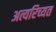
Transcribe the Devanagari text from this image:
अत्यरिच्यत